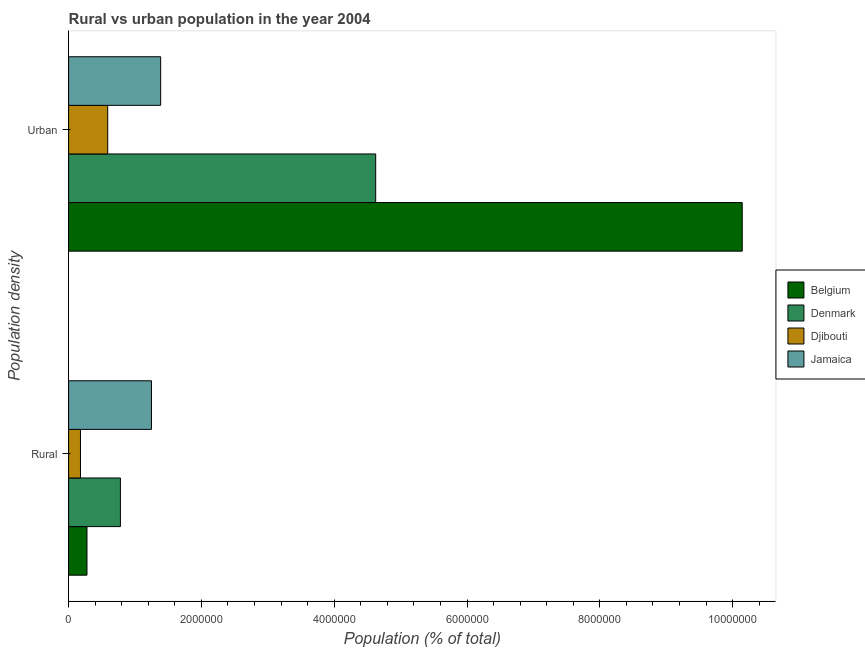
| Population density | Belgium | Denmark | Djibouti | Jamaica |
 | --- | --- | --- | --- | --- |
 | Rural | 2.77e+05 | 7.8e+05 | 1.79e+05 | 1.25e+06 |
 | Urban | 1.01e+07 | 4.62e+06 | 5.89e+05 | 1.39e+06 |